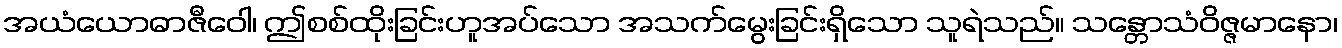
အယံယောဓာဇီဝေါ၊ ဤစစ်ထိုးခြင်းဟူအပ်သော အသက်မွေးခြင်းရှိသော သူရဲသည်။ သန္တောသံဝိဇ္ဇမာနော၊